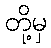
တို့မှ